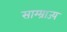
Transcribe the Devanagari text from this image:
साम्म्राज्य